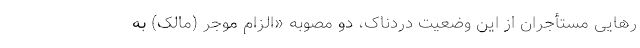
رهایی مستأجران از این وضعیت دردناک، دو مصوبه «الزام موجر (مالک) به